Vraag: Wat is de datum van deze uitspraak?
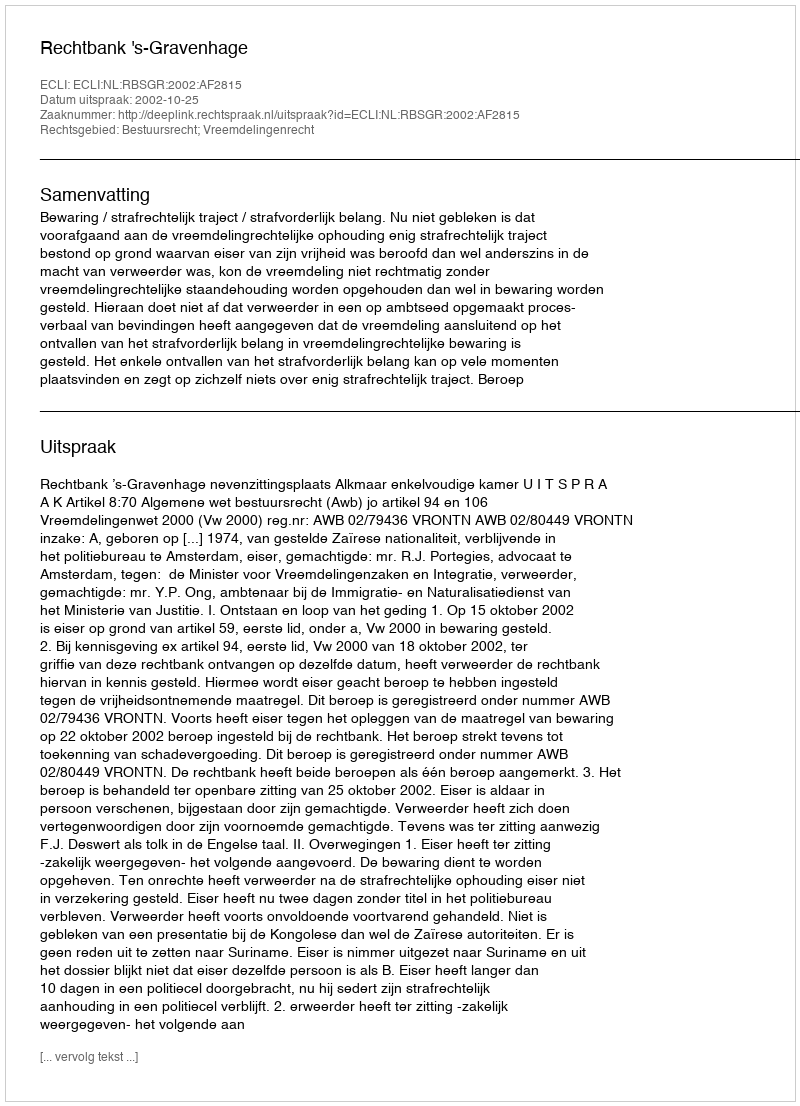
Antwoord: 2002-10-25